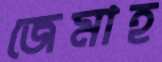
জেমাহ